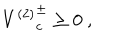
{ V ^ { ( 2 ) } } _ { c } ^ { \pm } \geq 0 \ ,